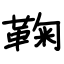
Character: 鞠